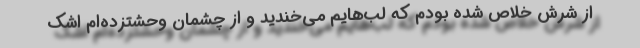
از شرّش خلاص شده بودم که لب‌هایم می‌خندید و از چشمان وحشتزده‌ام اشک